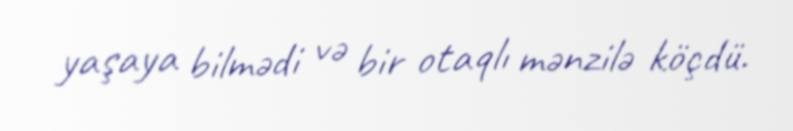
yaşaya bilmədi və bir otaqlı mənzilə köçdü.